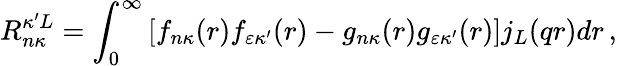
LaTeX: R_{n\kappa}^{\kappa^{\prime}L}=\int_{0}^{\infty}\left[f_{n\kappa}{(r)}f_{\varepsilon\kappa^{\prime}}{(r)}-g_{n\kappa}{(r)}g_{\varepsilon\kappa^{\prime}}{(r)}\right]j_{L}{(qr)}dr\, ,